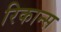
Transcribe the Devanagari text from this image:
रिकान्स